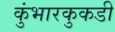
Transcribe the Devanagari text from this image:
कुंभारकुकडी